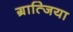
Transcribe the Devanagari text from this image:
ग्रात्जिया